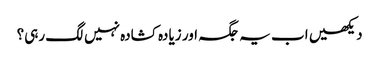
دیکھیں اب یہ جگہ اور زیادہ کشادہ نہیں لگ رہی؟